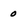
Character: 0